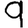
Digit: 9